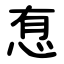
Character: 㤫